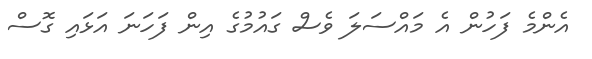
އެންމެ ފަހުން އެ މައްސަލަ ވެސް ގައުމުގެ އިން ފަހަނަ އަޅައި ގޮސް